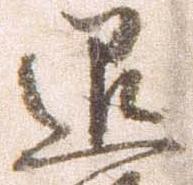
退